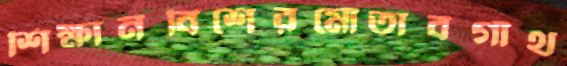
শিক্ষানবিশেরমোতাবগাঁথ